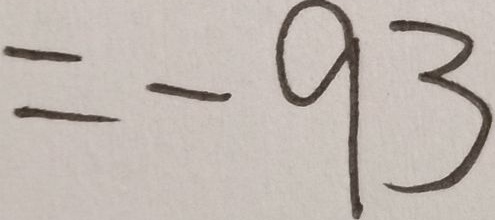
= - 9 3